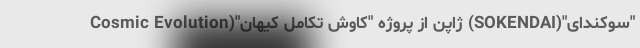
"سوکندای"(SOKENDAI) ژاپن از پروژه "کاوش تکامل کیهان"(Cosmic Evolution